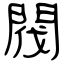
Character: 閥